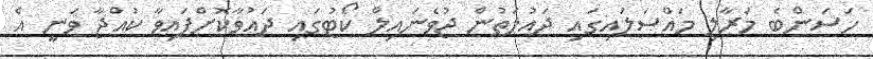
ހަސަންބެ މަރާލި މައްސަލައިގައި ދައުލަތުން ޖުވެނައިލް ކޯޓުގައި ދައުވާކޮށްފައިވާ ކުއްޖާ ވަނީ އެ